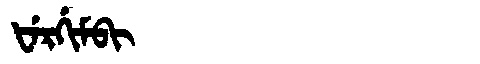
Manchu: ᡶᡝᡵᡤᡳᠮᠪᡳ
Romanization: FERGIMBI